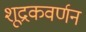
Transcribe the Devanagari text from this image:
शूद्रकवर्णन